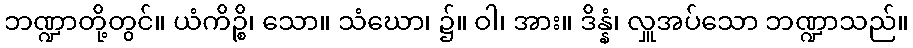
ဘဏ္ဍာတို့တွင်။ ယံကိဉ္စိ၊ သော။ သံဃော၊ ၌။ ဝါ၊ အား။ ဒိန္နံ၊ လှူအပ်သော ဘဏ္ဍာသည်။